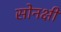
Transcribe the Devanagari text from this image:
सोनक्षी